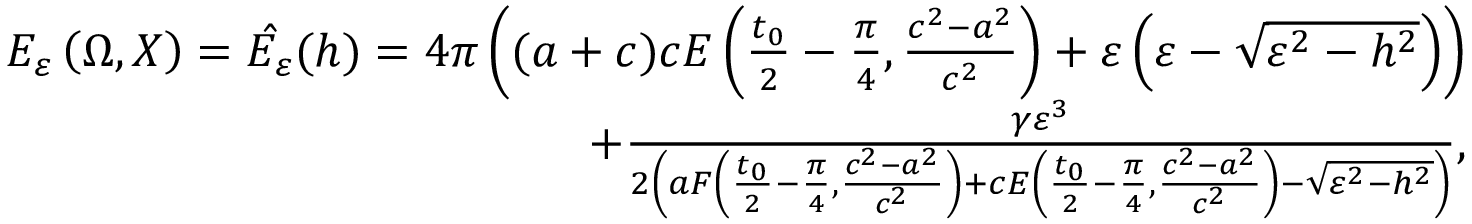
\begin{array} { r } { E _ { \varepsilon } \left( \Omega , X \right) = \hat { E _ { \varepsilon } } ( h ) = 4 \pi \left( ( a + c ) c E \left( \frac { t _ { 0 } } { 2 } - \frac { \pi } { 4 } , \frac { c ^ { 2 } - a ^ { 2 } } { c ^ { 2 } } \right) + \varepsilon \left( \varepsilon - \sqrt { \varepsilon ^ { 2 } - h ^ { 2 } } \right) \right) } \\ { + \frac { \gamma \varepsilon ^ { 3 } } { 2 \left( a F \left( \frac { t _ { 0 } } { 2 } - \frac { \pi } { 4 } , \frac { c ^ { 2 } - a ^ { 2 } } { c ^ { 2 } } \right) + c E \left( \frac { t _ { 0 } } { 2 } - \frac { \pi } { 4 } , \frac { c ^ { 2 } - a ^ { 2 } } { c ^ { 2 } } \right) - \sqrt { \varepsilon ^ { 2 } - h ^ { 2 } } \right) } , } \end{array}